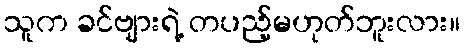
သူက ခင်ဗျားရဲ့ တပည့်မဟုတ်ဘူးလား။